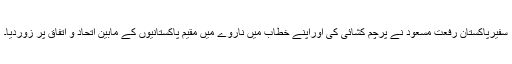
سفیرپاکستان رفعت مسعود نے پرچم کشائی کی اوراپنے خطاب میں ناروے میں مقیم پاکستانیوں کے مابین اتحاد و اتفاق پر زوردیا۔